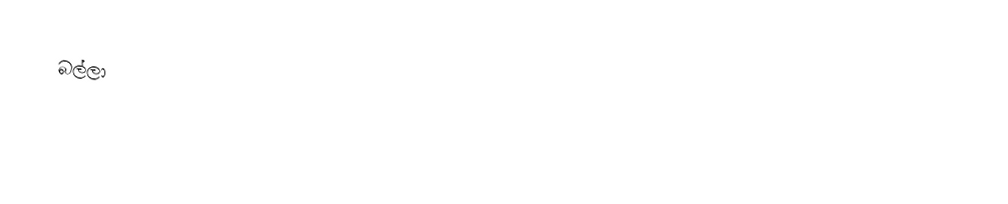
බල්ලා